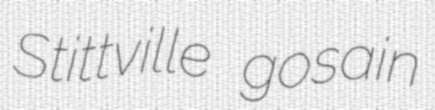
Stittville gosain